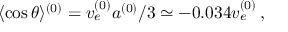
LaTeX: \langle \cos \theta \rangle ^ { ( 0 ) } = v _ { e } ^ { ( 0 ) } a ^ { ( 0 ) } / 3 \simeq - 0 . 0 3 4 v _ { e } ^ { ( 0 ) } \, ,